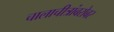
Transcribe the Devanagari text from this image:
चालाचीत्रांबरोबर